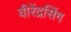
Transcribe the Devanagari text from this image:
वीरेंद्रसिंग